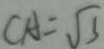
C A = \sqrt { 3 }